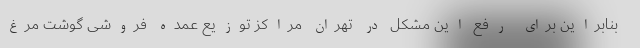
بنابراین برای رفع این مشکل در تهران مراکز توزیع عمده فروشی گوشت مرغ